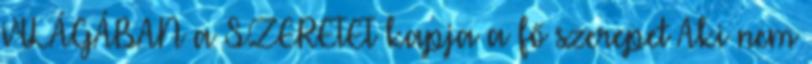
VILÁGÁBAN a SZERETET kapja a fő szerepet Aki nem